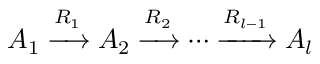
A _ { 1 } \xrightarrow { R _ { 1 } } A _ { 2 } \xrightarrow { R _ { 2 } } \cdots \xrightarrow { R _ { l - 1 } } A _ { l }